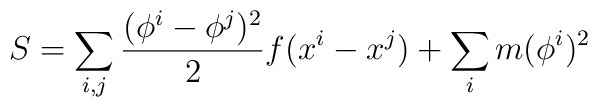
S= \sum_{i,j} {(\phi^i-\phi^j)^2 \over 2} f(x^i-x^j) + \sum_{i} m (\phi^i)^2